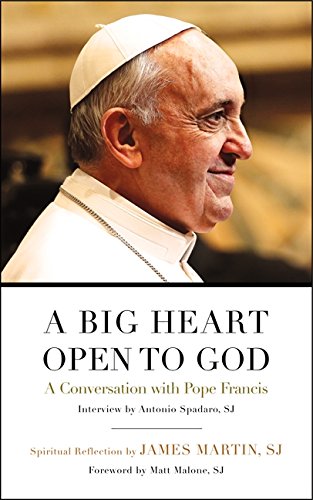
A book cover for A Big Heart Open to God: A Conversation with Pope Francis; Pope Francis; Christian Books & Bibles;